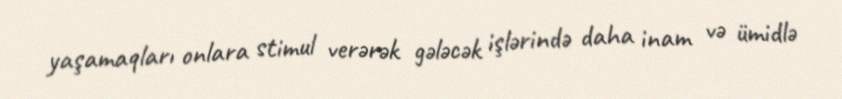
yaşamaqları onlara stimul verərək gələcək işlərində daha inam və ümidlə